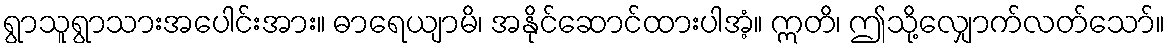
ရွာသူရွာသားအပေါင်းအား။ ဓာရေယျာမိ၊ အနိုင်ဆောင်ထားပါအံ့။ ဣတိ၊ ဤသို့လျှောက်လတ်သော်။